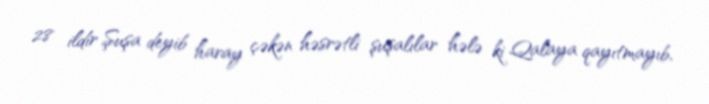
28 ildir Şuşa deyib haray çəkən həsrətli şuşalılar hələ ki Qalaya qayıtmayıb,